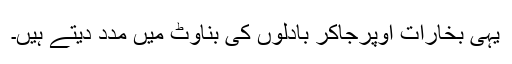
یہی بخارات اوپرجاکر بادلوں کی بناوٹ میں مدد دیتے ہیں۔